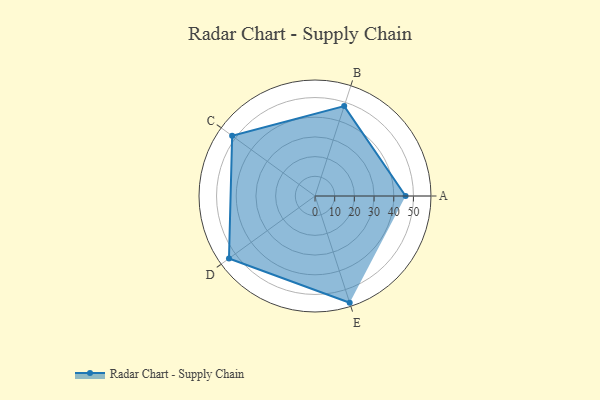
{"axis": {"x": "Skill", "y": "Score"}, "legend": ["Profile"], "data": [{"x": "A", "y": 46.0, "type": "Profile"}, {"x": "B", "y": 48.0, "type": "Profile"}, {"x": "C", "y": 52.0, "type": "Profile"}, {"x": "D", "y": 54.0, "type": "Profile"}, {"x": "E", "y": 57.0, "type": "Profile"}]}